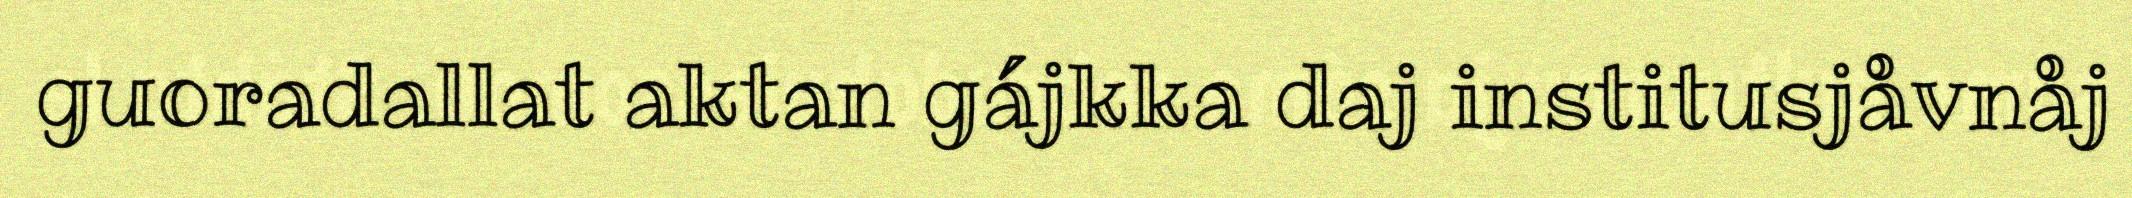
guoradallat aktan gájkka daj institusjåvnåj